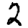
Digit: 2